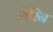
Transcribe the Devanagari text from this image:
शेरिन